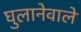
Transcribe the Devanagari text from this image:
घुलानेवाले